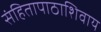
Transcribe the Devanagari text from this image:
संहितापाठाशिवाय